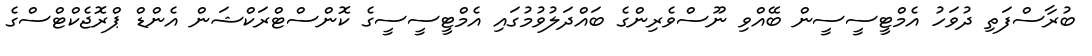
ބުރާސްފަތި ދުވަހު އެމްޓީސީސީން ބޭއްވި ނޫސްވެރިންގެ ބައްދަލުވުމުގައި އެމްޓީސީސީގެ ކޮންސްޓްރަކްޝަން އެންޑް ޕްރޮޖެކްޓްސްގެ